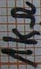
Text: 1kΩ